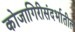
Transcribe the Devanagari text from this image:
कोजागिरीसंदर्भातील